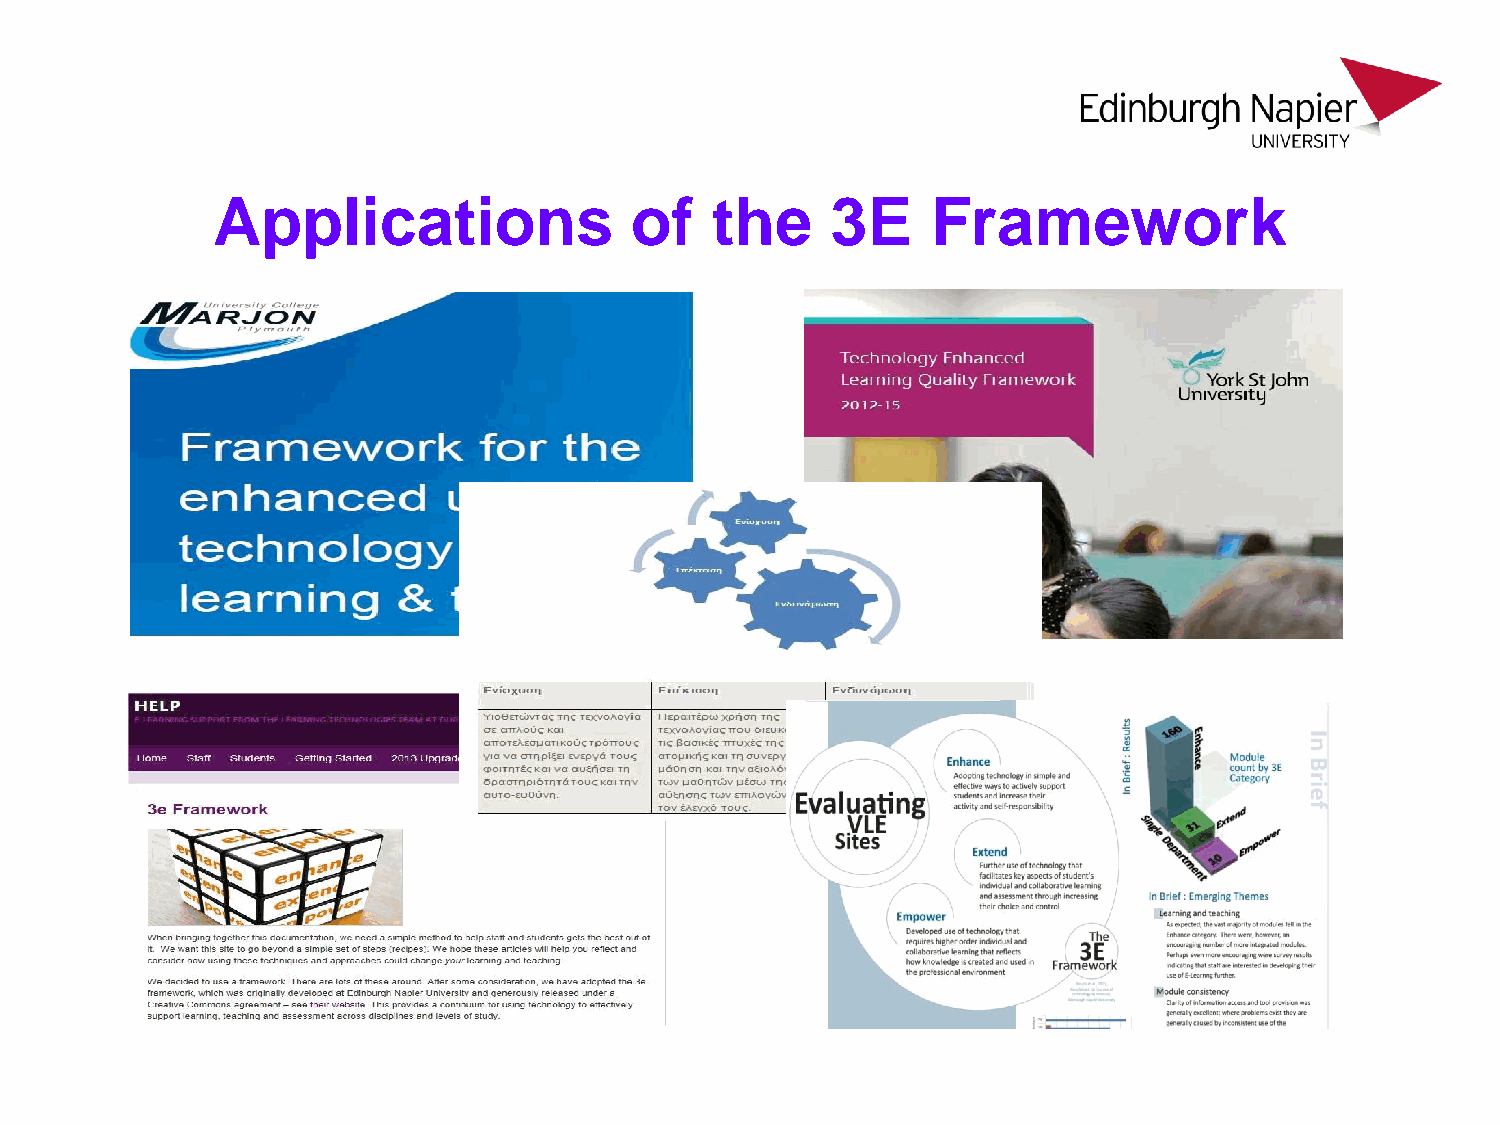
Applications                of   the     3E     Framework